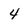
Character: 4